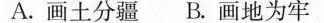
A.画土分疆B.画地为牢